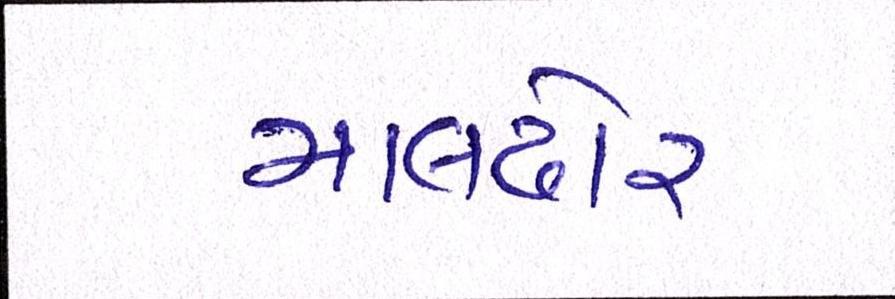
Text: માલઢોર